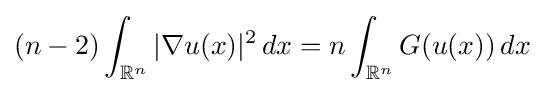
(n-2)\int _{\mathbb {R} ^{n}}|\nabla u(x)|^{2}\,dx=n\int _{\mathbb {R} ^{n}}G(u(x))\,dx